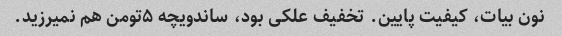
نون بیات، کیفیت پایین. تخفیف علکی بود، ساندویچه ۵تومن هم نمیرزید.